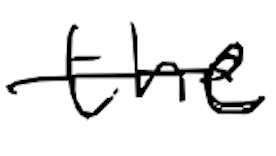
Text: the
Cross-out: single-line
Writing tool: digital_black